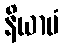
နိယာမံ